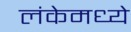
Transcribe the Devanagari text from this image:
लंकेमध्ये